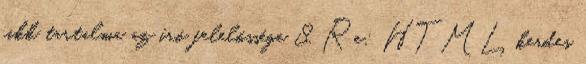
cikk tartalma az író felelõssége 8. Re: HTML kerdes